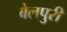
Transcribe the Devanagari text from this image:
बेलपुरी